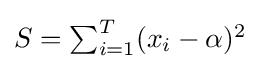
\textstyle S=\sum _{i=1}^{T}(x_{i}-\alpha )^{2}